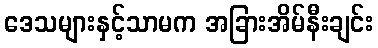
ဒေသများနှင့်သာမက အခြားအိမ်နီးချင်း